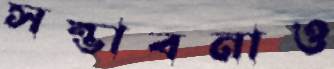
সম্ভাবনাও